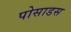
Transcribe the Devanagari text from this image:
पोसाडस